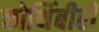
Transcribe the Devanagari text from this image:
कोथिंबीरी